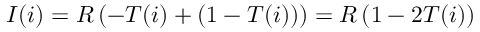
I ( i ) = R \left( - T ( i ) + ( 1 - T ( i ) ) \right) = R \left( 1 - 2 T ( i ) \right)